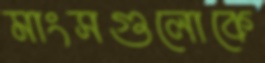
মাংসগুলোকে